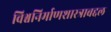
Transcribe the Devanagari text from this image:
विश्वनिर्माणशास्त्राबद्दल